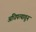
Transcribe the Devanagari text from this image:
अधिपत्यातून